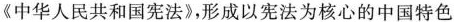
《中华人民共和国宪法》，形成以宪法为核心的中国特色